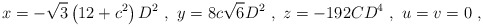
\begin{align*}x = -\sqrt{3}\left( 12 + c^2 \right)D^2\ , \ y = 8c\sqrt{6}D^2\ , \ z = -192CD^4\ , \ u = v = 0\ ,\end{align*}